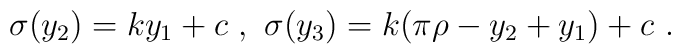
\sigma (y_2) = k  y_1+ c ~,~ \sigma (y_3) = k ( \pi \rho - y_2 + y_1 )+ c~.~\,